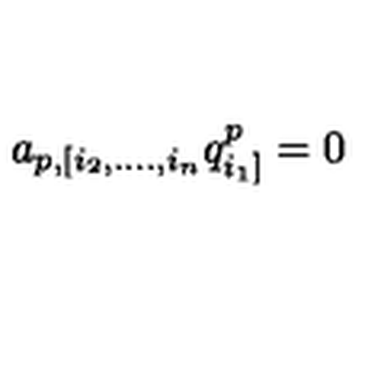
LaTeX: a _ { p , [ i _ { 2 } , . . . . , i _ { n } } q _ { i _ { 1 } ] } ^ { p } = 0